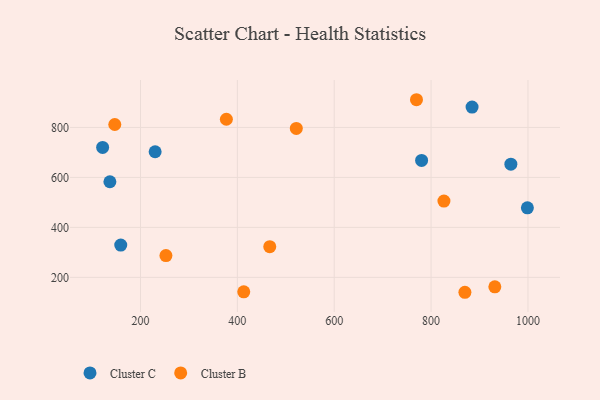
{"axis": {"x": "Speed", "y": "Demand"}, "legend": ["Cluster B", "Cluster C"], "data": [{"x": "964.7", "y": 652.8, "type": "Cluster C"}, {"x": "230.2", "y": 702.7, "type": "Cluster C"}, {"x": "884.6", "y": 881.4, "type": "Cluster C"}, {"x": "136.8", "y": 582.6, "type": "Cluster C"}, {"x": "159.2", "y": 329.3, "type": "Cluster C"}, {"x": "998.8", "y": 478.3, "type": "Cluster C"}, {"x": "780.4", "y": 668.1, "type": "Cluster C"}, {"x": "121.8", "y": 720.1, "type": "Cluster C"}, {"x": "931.6", "y": 162.1, "type": "Cluster B"}, {"x": "146.9", "y": 811.7, "type": "Cluster B"}, {"x": "377.3", "y": 832.8, "type": "Cluster B"}, {"x": "769.8", "y": 910.9, "type": "Cluster B"}, {"x": "826.5", "y": 505.4, "type": "Cluster B"}, {"x": "521.7", "y": 796.0, "type": "Cluster B"}, {"x": "466.9", "y": 322.6, "type": "Cluster B"}, {"x": "252.5", "y": 287.0, "type": "Cluster B"}, {"x": "413.2", "y": 142.1, "type": "Cluster B"}, {"x": "869.8", "y": 140.3, "type": "Cluster B"}]}